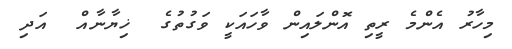
މިހާރު އެންމެ ރީތި އޮންލައިން ވާހައަކީ ވަގުތުގެ  ޚިޔާނާއް  އަދި